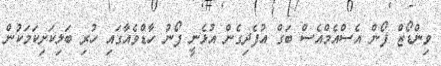
ވިންޑޯޒް ފޯން އެސްއެމްއެސް ބަގް އުފެދިގެން އުޅެނީ ފޯނު ހާޑްވެއާގައި ހުރި ބަލިކަށިކަމަކުން